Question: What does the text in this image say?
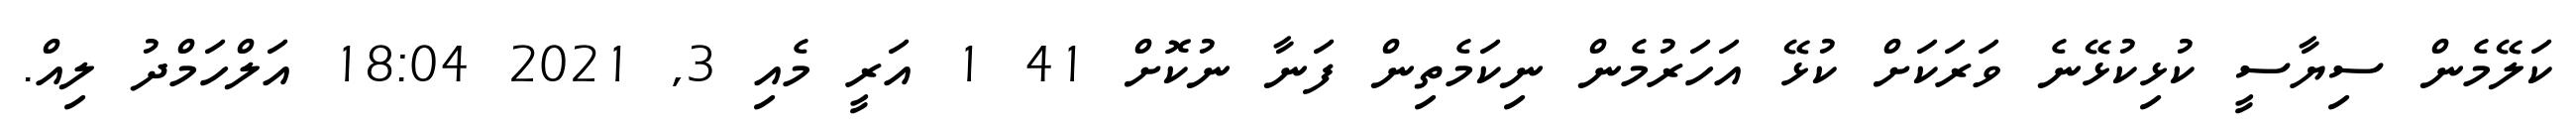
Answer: ކަލޭމެން ސިޔާސީ ކުޅިކުޅޭނެ ވަރަކަށް ކުޅޭ އަހަރުމެން ނިކަމެތިން ފަނާ ނުކޮށް 41 1 އަރީ މެއި 3, 2021 18:04 އަލްހަމްދު ލިއް.